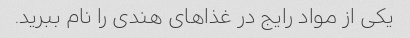
یکی از مواد رایج در غذاهای هندی را نام ببرید.